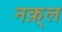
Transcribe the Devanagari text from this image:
नक़्ल